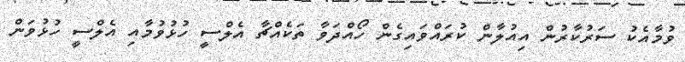
ވުމާއެކު ސަރުކާރުން އިއުލާން ކުރައްވައިގެން ހޯއްދަވާ ތަކެއްޗާ އެލްސީ ހުޅުވުމާއި އެލްސީ ހުޅުވަން